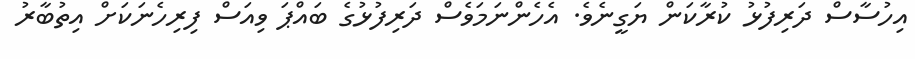
އިހުސާސް ދަރިފުޅު ކުރާކަން ޔަގީނެވެ. އެހެންނަމަވެސް ދަރިފުޅުގެ ބައްޕަ ވިއަސް ފިރިހެނަކަށް އިތުބާރު